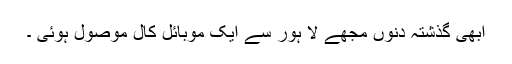
ابھی گذشتہ دنوں مجھے لا ہور سے ایک موبائل کال موصول ہوئی ۔